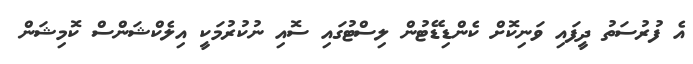
އެ ފުރުސަތު ދީފައި ވަނިކޮށް ކެންޑިޑޭޓުން ލިސްޓުގައި ސޮއި ނުކުރުމަކީ އިލެކްޝަންސް ކޮމިޝަން